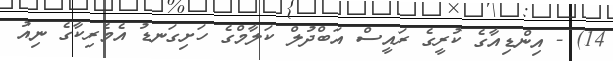
14) - އިންޑިއާގެ ކުރީގެ ރައީސް އަބްދުލް ކަލާމްގެ ހަށިގަނޑު އެމެރިކާގެ ނިއު